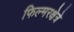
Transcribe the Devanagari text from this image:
फिल्मरक्षेत्रे